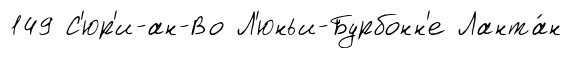
149 С'юр'и-ан-Во Л'юньи-Бурбонн'е Ланта́н